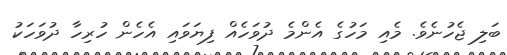
ބަލި ޖެހުނެވެ. މެއި މަހުގެ އެންމެ ދުވަހެއް ފިޔަވައި އެހެން ހުރިހާ ދުވަހަކު